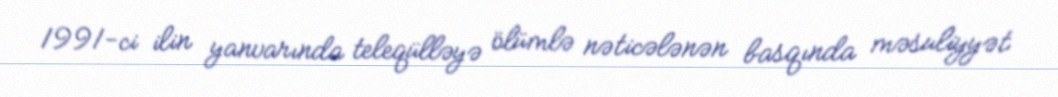
1991-ci ilin yanvarında teleqülləyə ölümlə nəticələnən basqında məsuliyyət